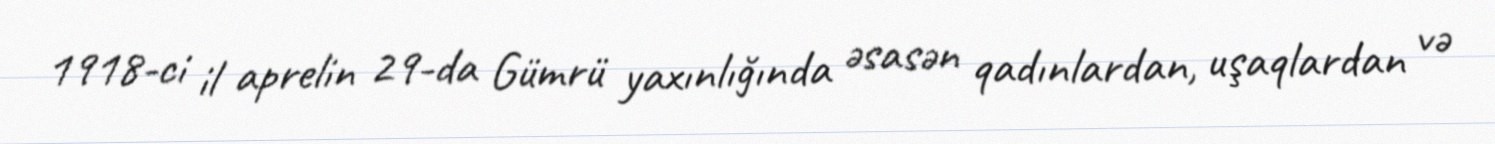
1918-ci il aprelin 29-da Gümrü yaxınlığında əsasən qadınlardan, uşaqlardan və